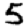
Digit: 5